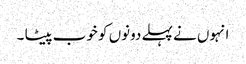
انہوں نے پہلے دونوں کو خوب پیٹا ۔